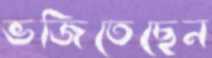
ভজিতেছেন